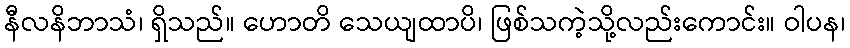
နီလနိဘာသံ၊ ရှိသည်။ ဟောတိ သေယျထာပိ၊ ဖြစ်သကဲ့သို့လည်းကောင်း။ ဝါပန၊